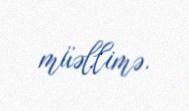
müəllimə.